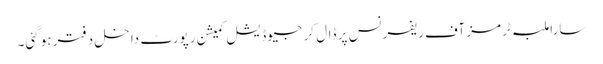
سارا ملبہ ٹرمز آف ریفرنس پر ڈال کر جیوڈیشل کمیشن رپورٹ داخل دفتر ہوگئی۔